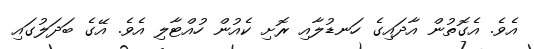
އެވެ. އެގޮތުން އާދައިގެ ހަނޑުލާއި ރޮށި ކެއުން ހުއްޓާލި އެވެ. އޭގެ ބަދަލުގައި